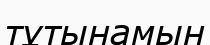
тұтынамын